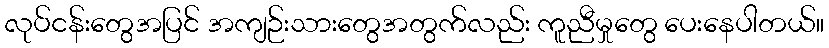
လုပ်ငန်းတွေအပြင် အကျဉ်းသားတွေအတွက်လည်း ကူညီမှုတွေ ပေးနေပါတယ်။